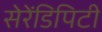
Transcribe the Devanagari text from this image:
सेरेंडिपिटी